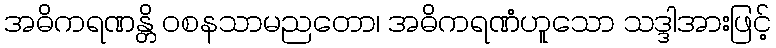
အဓိကရဏန္တိ ဝစနသာမညတော၊ အဓိကရဏံဟူသော သဒ္ဒါအားဖြင့်